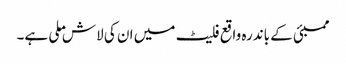
ممبئی کے باندرہ واقع فلیٹ میں ان کی لاش ملی ہے۔